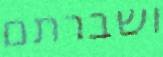
ושברתם